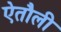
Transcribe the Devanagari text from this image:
ऐतौली